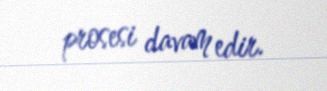
prosesi davam edir.